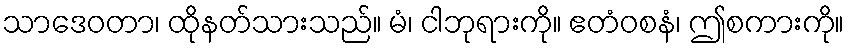
သာဒေဝတာ၊ ထိုနတ်သားသည်။ မံ၊ ငါဘုရားကို။ ဧတံဝစနံ၊ ဤစကားကို။